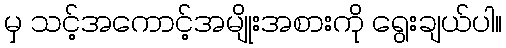
မှ သင့်အကောင့်အမျိုးအစားကို ရွေးချယ်ပါ။